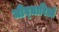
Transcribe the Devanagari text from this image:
जीव्धारिओं